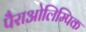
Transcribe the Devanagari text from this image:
पैराओलिम्पिक